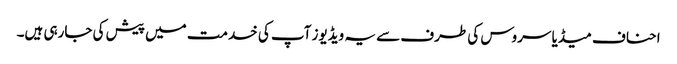
احناف میڈیا سروس کی طرف سے یہ ویڈیوز آپ کی خدمت میں پیش کی جارہی ہیں۔